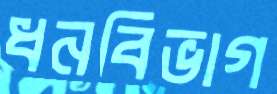
ধনবিভাগ